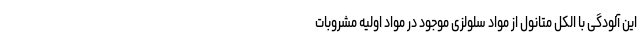
این آلودگی با الکل متانول از مواد سلولزی موجود در مواد اولیه مشروبات